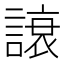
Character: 𲁳